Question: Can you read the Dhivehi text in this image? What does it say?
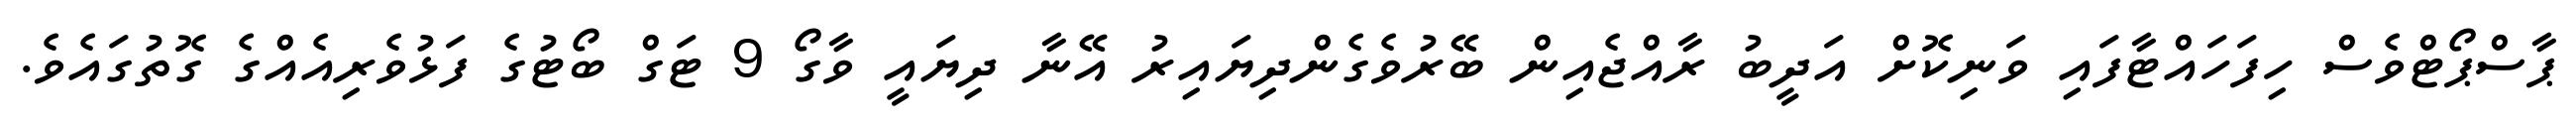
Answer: ޕާސްޕޯޓްވެސް ހިފަހައްޓާފައި ވަނިކޮށް އަދީބު ރާއްޖެއިން ބޭރުވެގެންދިޔައިރު އޭނާ ދިޔައީ ވާގޯ 9 ޓަގް ބޯޓުގެ ފަޅުވެރިއެއްގެ ގޮތުގައެވެ.